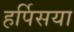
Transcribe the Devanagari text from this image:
हर्पिसया